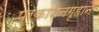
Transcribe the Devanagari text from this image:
प्रकाशनगृहाने